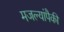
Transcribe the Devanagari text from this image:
मजल्यांपैकी